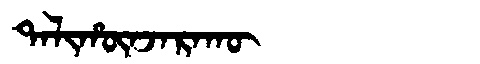
Manchu: ᡨᠠᠯᡳᡥᡡᠨᠵᠠᡵᠠᡴᡡ
Romanization: TALIHŪNJARAKŪ